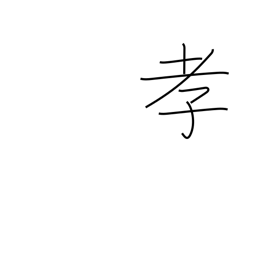
Meaning: child's respect